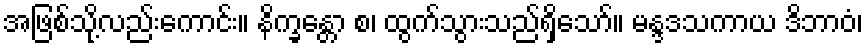
အဖြစ်သို့လည်းကောင်း။ နိက္ခန္တော စ၊ ထွက်သွားသည်ရှိသော်။ မန္ဒဒသကာယ ဒိဘာဝံ၊